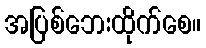
အပြစ်ဘေးထိုက်စေ။